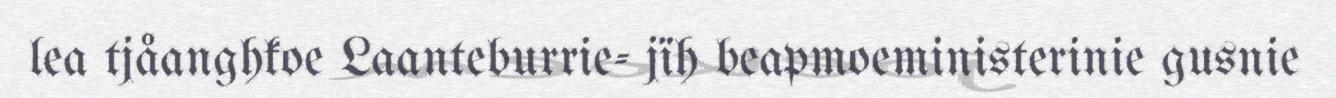
lea tjåanghkoe Laanteburrie- jïh beapmoeministerinie gusnie